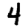
Digit: 4